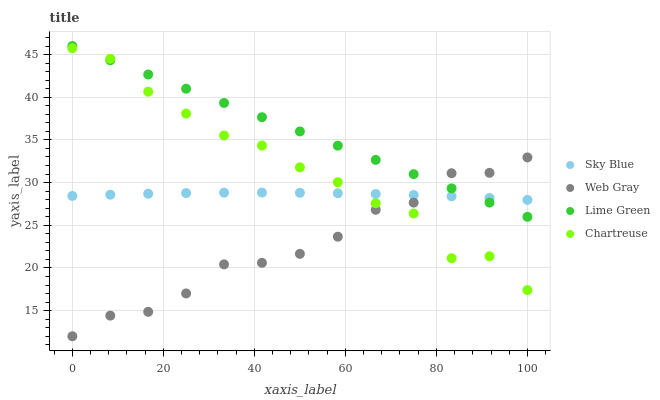
| xaxis_label | Sky Blue | Web Gray | Lime Green | Chartreuse |
 | --- | --- | --- | --- | --- |
 | 0 | 28.4 | 12 | 46 | 45.7 |
 | 8.33 | 28.6 | 14.4 | 44.3 | 44.5 |
 | 16.7 | 28.7 | 14.9 | 42.7 | 40.7 |
 | 25 | 28.8 | 17 | 41 | 38.1 |
 | 33.3 | 28.8 | 20.4 | 39.3 | 35.5 |
 | 41.7 | 28.8 | 20.6 | 37.7 | 34.3 |
 | 50 | 28.8 | 21.7 | 36 | 31.8 |
 | 58.3 | 28.8 | 23.7 | 34.3 | 30 |
 | 66.7 | 28.7 | 26.8 | 32.7 | 27.6 |
 | 75 | 28.5 | 27.7 | 31 | 26.4 |
 | 83.3 | 28.4 | 31.1 | 29.3 | 21.1 |
 | 91.7 | 28.2 | 31.1 | 27.7 | 21.4 |
 | 100 | 28 | 32.9 | 26 | 17.4 |